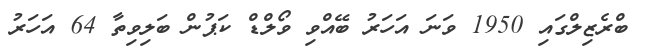
ބްރެޒިލްގައި 1950 ވަނަ އަހަރު ބޭއްވި ވޯލްޑް ކަޕުން ބަލިވިތާ 64 އަހަރު